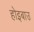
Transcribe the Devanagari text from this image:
होइबाउ